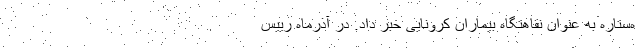
ه‌ستاره به عنوان نقاهتگاه بیماران کرونایی خبر داد. در آذرماه رییس